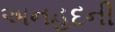
અનહદની